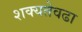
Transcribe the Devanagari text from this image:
शक्यतेवढा